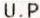
U.P